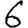
Digit: 6